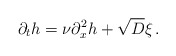
\begin{align*}\partial_t h = \nu \partial_x^2 h +\sqrt{D}\xi\,.\end{align*}